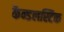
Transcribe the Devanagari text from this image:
कैन्डलस्टिक